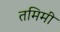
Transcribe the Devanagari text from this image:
तमिमी